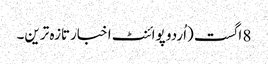
8 اگست (اُردو پوائنٹ اخبارتازہ ترین۔